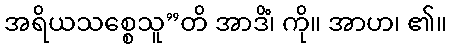
အရိယသစ္စေသူ”တိ အာဒိံ၊ ကို။ အာဟ၊ ၏။